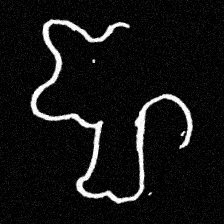
Pyu character \u2014 Myanmar letter: ဈ (romanized: jha)